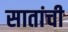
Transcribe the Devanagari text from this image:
सातांची